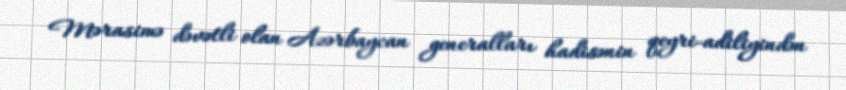
Mərasimə dəvətli olan Azərbaycan generalları hadisənin qeyri-adiliyindən